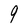
Character: 9